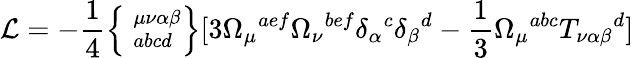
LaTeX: {\cal\mathcal{L}}=-\frac{{1}}{{4}}\left\{ \phantom{|}_{abcd}^{\mu\nu\alpha\beta}\right\} [3\Omega_{\mu}{}^{aef}\Omega_{\nu}{}^{bef}\delta_{\alpha}{}^{c}\delta_{\beta}{}^{d}-\frac{{1}}{{3}}\Omega_{\mu}{}^{abc}T_{\nu\alpha\beta}{}^{d}]